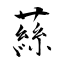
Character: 蕬